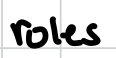
Text: roles
Cross-out: clean
Writing tool: digital_black